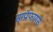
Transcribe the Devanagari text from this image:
साप्रॉफागस